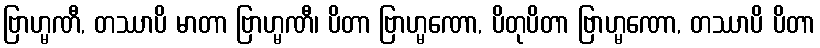
ဗြာဟ္မဏီ, တဿာပိ မာတာ ဗြာဟ္မဏီ၊ ပိတာ ဗြာဟ္မဏော, ပိတုပိတာ ဗြာဟ္မဏော, တဿာပိ ပိတာ